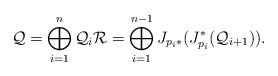
\begin{align*}\mathcal{Q} = \bigoplus_{i = 1}^n \mathcal{Q}_i \mathcal{R} = \bigoplus_{i = 1}^{n-1} J_{p_i *} (J_{p_i}^* (\mathcal{Q}_{i +1})).\end{align*}